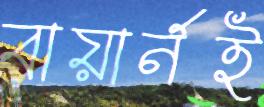
বায়ার্নই